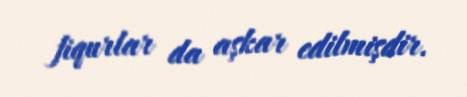
fiqurlar da aşkar edilmişdir.